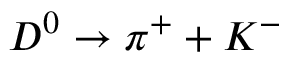
D ^ { 0 } \rightarrow \pi ^ { + } + K ^ { - }